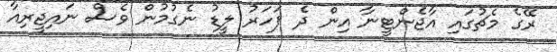
ރޭގެ މެޗުގައި އާޖެންޓީނާ އިން ދެ ފަހަރު ލީޑު ނެގުމުން ވެސް ނައިޖީރިއާ